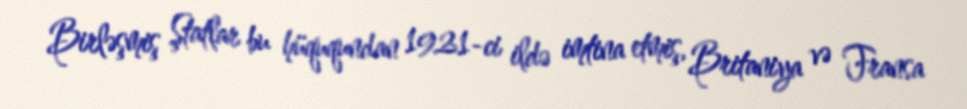
Birləşmiş Ştatlar bu hüququndan 1921-ci ildə imtina etmiş, Britaniya və Fransa